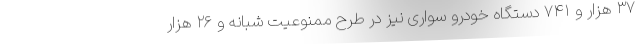
۳۷ هزار و ۷۴۱ دستگاه خودرو سواری نیز در طرح ممنوعیت شبانه و ۲۶ هزار